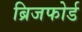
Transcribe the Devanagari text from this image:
ब्रिजफोर्ड